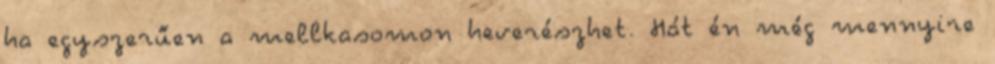
ha egyszerűen a mellkasomon heverészhet. Hát én még mennyire